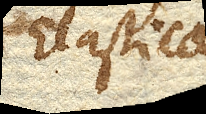
Elastica